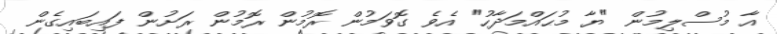
އާ މުސްލިމުން "ޔާ މުޙައްމަދާހު" އެވެ ގޮވަމުން ރޮމުން ރޮމުން ރަށުން ފައިބައިގެން